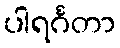
ပါရင်္ဂတာ